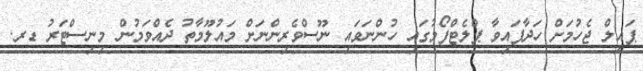
ޕައިލް ޖެހުމަށް ހަދާފައިވާ ޕްލެޓްފޯމުގައި ހުންނަވައި ނޫސްވެރިންނަށް މައުލޫމާތު ދެއްވަމުން މިނިސްޓަރު ޑރ.